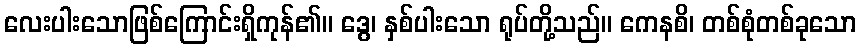
လေးပါးသောဖြစ်ကြောင်းရှိကုန်၏။ ဒွေ၊ နှစ်ပါးသော ရုပ်တို့သည်။ ကေနစိ၊ တစ်စုံတစ်ခုသော